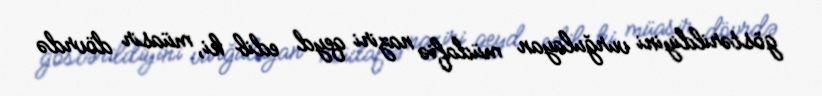
göstərildiyini vurğulayan müdafiə naziri qeyd edib ki, müasir dövrdə